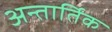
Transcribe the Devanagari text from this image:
अन्तार्तिक